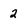
Character: 2